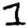
Digit: 1